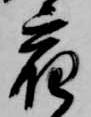
宿